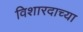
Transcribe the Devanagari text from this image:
विशारदाच्या